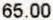
65.00